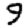
Digit: 9